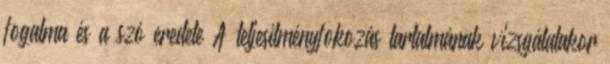
fogalma és a szó eredete A teljesítményfokozás tartalmának vizsgálatakor